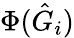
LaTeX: \Phi(\hat{G}_{i})